Medical and sanitary report of the native army of Madras for the year
Year: 1877
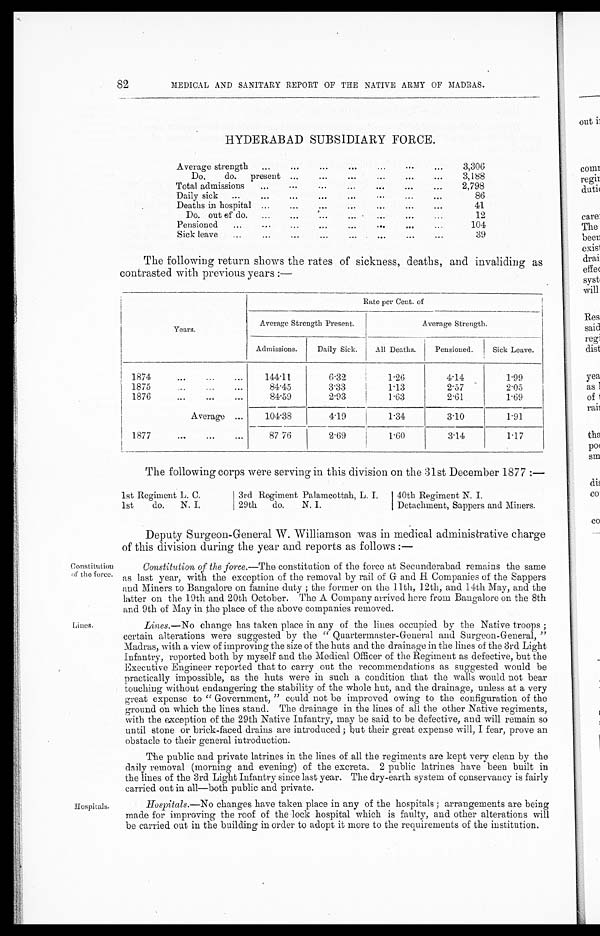
82
MEDICAL AND SANITARY REPORT OF THE NATIVE ARMY OF MADRAS.
HYDERABAD SUBSIDIARY FORCE.
Average strength ...
...
...
•••
...
•••
. . .
3,306
Do, do. present ...
...
...
...
...
...
3,188
Total admissions.. .
. . .
. . .
...
. . .
. . .
...
2,798
Daily sick ...
...
...
...
...
. . .
. . .
...
86
Deaths in hospital ...
...
. . .
...
. . .
...
...
41
Do. out of do.
...
...
...
...
...
...
...
12
Pensioned
...
...
. . .
...
...
. . .
...
...
104
Sick leave
...
...
...
...
. . . ...
...
...
39
The following return shows the rates of sickness, deaths, and invaliding as
contrasted with previous years :—
Years.
Rate per Cent. of
Average Strength Present.
Average Strength.
Admissions.
Daily Sick.
All Deaths.
Pensioned.
Sick Leave.
1874
...
...
...
144·11
6·32
1·26
4.14
1·99
1 8 7 5
84·45
3·33
1· 13
2.57
2·05
1876
...
...
...
84·59
2·93
1· 63
2·61
1·69
Average ...
104·38
4·19
1·34
3·10
1·91
1877
...
...
...
87 76
2·69
1·60
3·14
1·17
The following corps were serving in this division on the 31st December 1877 :—
1st Regiment L. C
.
1st do. N. I,
3rd Regiment Palamcottah, I. I
.
29th do. N. I.
40th Regiment N. I
.
Detachment, Sappers and Miners.
Constitution
of the force.
Lines.
Deputy Surgeon-General. W. Williamson was in medical administrative charge
of this division during the year and reports as follows :—
Constitution of the force.— The constitution of the force at Secunderabad remains the same
as last year, with the exception of the removal by rail of G- and H Companies of the Sappers
and Miners to Bangalore on famine duty ; the former on the 11th, l 2th, and 14th May, and the
latter on the 19th and 20th October. The A Company arrived here from Bangalore on the 8th
and 9th of May in the place of the above companies removed.
Lines.— No change has taken place in any of the lines occupied by the Native troops
certain alterations were suggested by the " Quartermaster-General and Surgeon-General,
"Madras, with a view of improving the size of the huts and the drainage in the lines of the 3rd Light
Infantry, reported both by myself and the Medical Officer of the Regiment as defective, but t h e
Executive Engineer reported that to carry out the recommendations as suggested would be
practically impossible, as the huts were in such a condition that the walls would not bear
touching without endangering the stability of the whole hut, and the drainage, unless at a very
great expense to " Government, " could not be improved owing to the configuration of the
ground on which the lines stand. The drainage in the lines of all the other Native regiments
with the exception of the 29th Native Infantry, may be said to be defective, and will remain so
until stone or brick-faced drains are introduced ; but their great expense will, I fear, prove an
obstacle to their general introduction.
The public and private latrines in the lines of all the regiments are kept very clean by the
daily removal (morning and evening) of the excreta. 2 public latrines have been built
in the lines of the 3rd Light Infantry since last year. The dry-earth system of conservancy is fairly
carried out in all—both public and private.
Hospitals
Hospitals.—No changes have taken place in any of the hospitals ; arrangements are being
made for improving the roof of the lock hospital which is faulty, and other alterations will
be carried out in the building in order to adopt it more to the requirements of the institution.